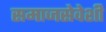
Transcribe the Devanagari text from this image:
समाजसेवेशी